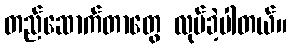
တည်ဆောက်တာတွေ လုပ်ခဲ့ပါတယ်။